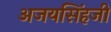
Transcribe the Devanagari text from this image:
अजयसिंहजी